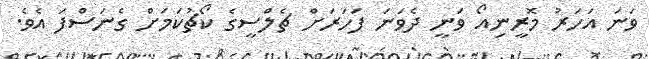
ވަނަ އަހަރު މޮރީނިއޯ ވަނީ ދެވަނަ ފަހަރަށް ޗެލްސީގެ ކޯޗުކަމަށް ގެނަސްފަ އެވެ.